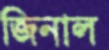
জিনাল